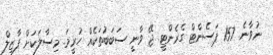
ނުވާނެ. 157 ޕަސެންޓް ގެރެންޓީ. ޖޭ ވާނީ ސަބަބުތަކެއް ހުރީމަ. މިސާލަކަށް ފާޒިލް